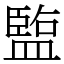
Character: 𬐱